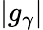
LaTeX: |g_{\gamma}|